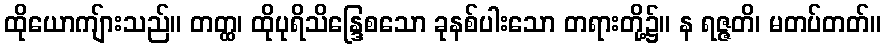
ထိုယောကျ်ားသည်။ တတ္ထ၊ ထိုပုရိသိန္ဒြေစသော ခုနစ်ပါးသော တရားတို့၌။ န ရဇ္ဇတိ၊ မတပ်တတ်။